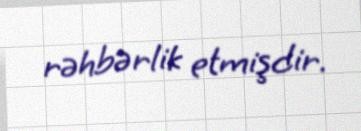
rəhbərlik etmişdir.